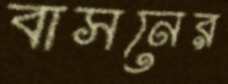
বাসনের